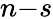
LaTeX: n{-}s